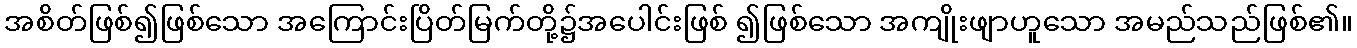
အစိတ်ဖြစ်၍ဖြစ်သော အကြောင်းပြိတ်မြက်တို့၌အပေါင်းဖြစ် ၍ဖြစ်သော အကျိုးဖျာဟူသော အမည်သည်ဖြစ်၏။